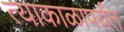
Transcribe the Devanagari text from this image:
त्याकाळापर्यंत